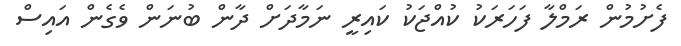
ފެށުމުން ރަމްލާ ފަހަރަކު ކުއްޖަކު ކައިރީ ނަމާދަށް ދާން ބުނަން ވެގެން އައިސް